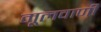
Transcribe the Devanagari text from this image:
मूलवाणी